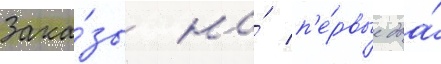
Зака́зы на́ п'е́рвые два́